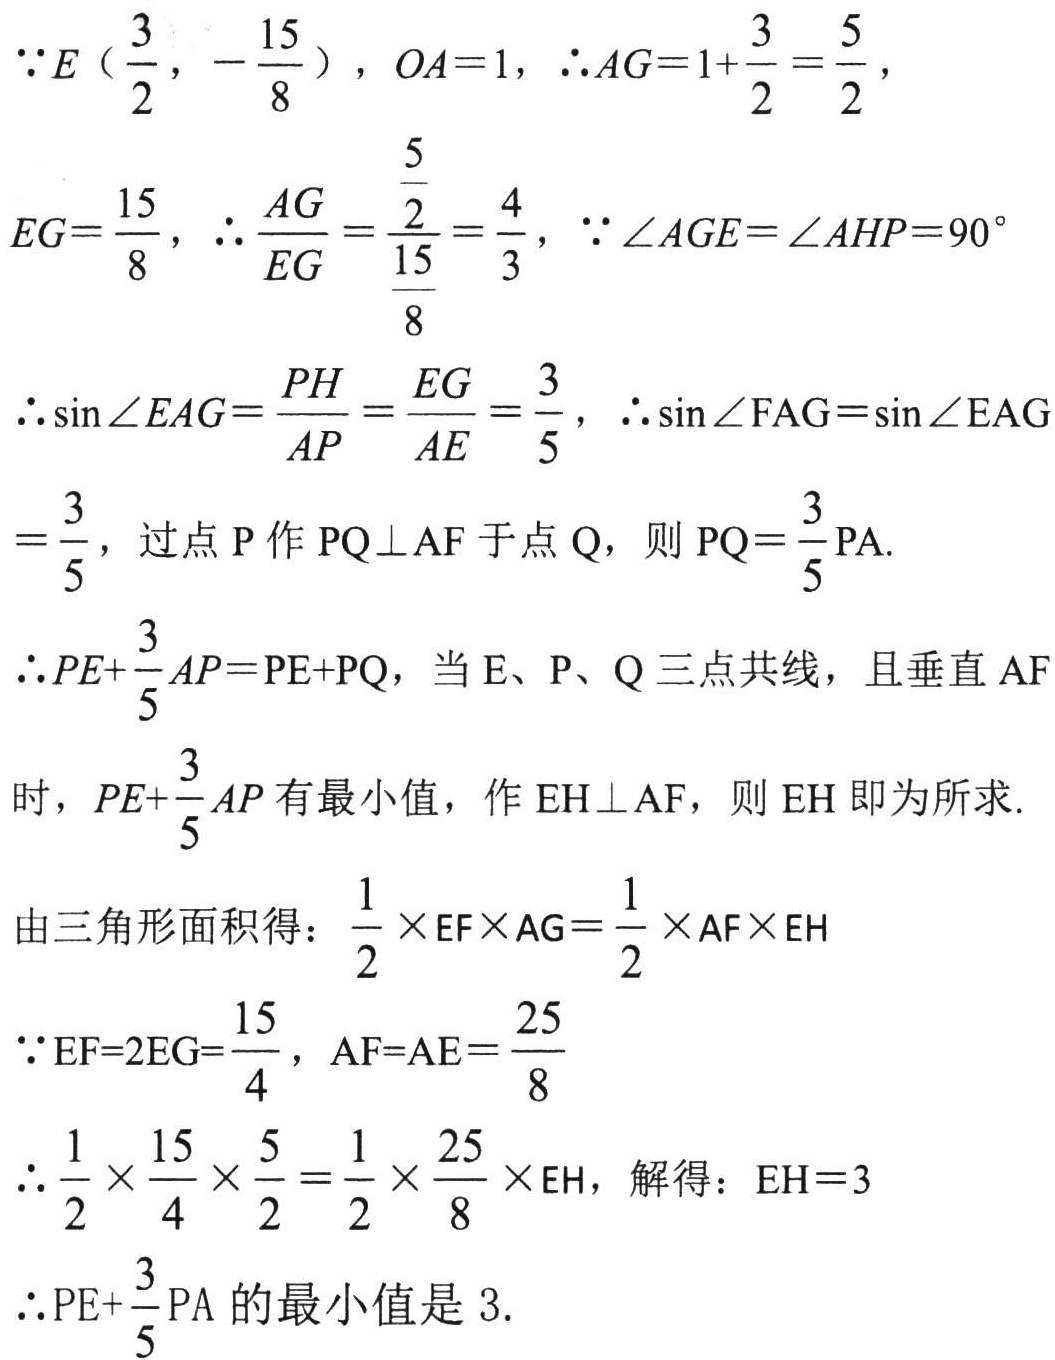
\(\because E\left(\frac{3}{2},-\frac{15}{8}\right)\), \(OA = 1\), \(\therefore AG=1+\frac{3}{2}=\frac{5}{2}\),
\(EG=\frac{15}{8}\), \(\therefore\frac{AG}{EG}=\frac{\frac{5}{2}}{\frac{15}{8}}=\frac{4}{3}\), \(\because\angle AGE=\angle AHP = 90^{\circ}\)
\(\therefore\sin\angle EAG=\frac{PH}{AP}=\frac{EG}{AE}=\frac{3}{5}\), \(\therefore\sin\angle FAG=\sin\angle EAG\)
\(=\frac{3}{5}\), 过点 \(P\) 作 \(PQ\perp AF\) 于点 \(Q\), 则 \(PQ = \frac{3}{5}PA\).
\(\therefore PE+\frac{3}{5}AP=PE + PQ\), 当 \(E\)、\(P\)、\(Q\) 三点共线，且垂直 \(AF\)
时, \(PE+\frac{3}{5}AP\) 有最小值，作 \(EH\perp AF\), 则 \(EH\) 即为所求.
由三角形面积得：\(\frac{1}{2}\times EF\times AG=\frac{1}{2}\times AF\times EH\)
\(\because EF = 2EG=\frac{15}{4}\), \(AF = AE=\frac{25}{8}\)
\(\therefore\frac{1}{2}\times\frac{15}{4}\times\frac{5}{2}=\frac{1}{2}\times\frac{25}{8}\times EH\), 解得：\(EH = 3\)
\(\therefore PE+\frac{3}{5}PA\) 的最小值是 \(3\).